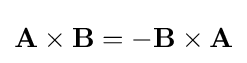
\mathbf {A} \times \mathbf {B} =-\mathbf {B} \times \mathbf {A}